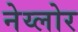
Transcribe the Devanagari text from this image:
नेय्लोर